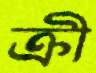
ক্রী